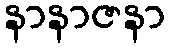
နာနာဇနာ